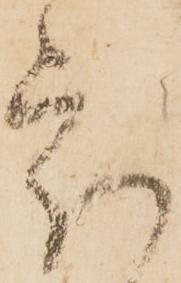
處